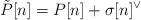
LaTeX: \begin{align*}\tilde P[n] = P[n] + \sigma [n]^{\vee}\end{align*}